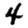
Digit: 4